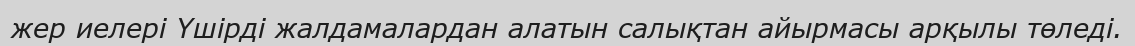
жер иелері Үшірді жалдамалардан алатын салықтан айырмасы арқылы төледі.